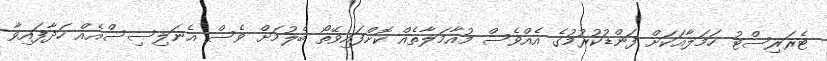
ޓެރަރިސްޓު ހަމަލާއަކަށް ފަންޑުކުރުމުގެ އެއްވެސް މުއާމަލާތެއް ކޮށްފައިވޭތޯ ބެލުމަށް ވެސް އެނަލިސިސްއެއް ހަދާފައިވާ